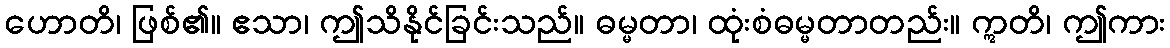
ဟောတိ၊ ဖြစ်၏။ ဧသာ၊ ဤသိနိုင်ခြင်းသည်။ ဓမ္မတာ၊ ထုံးစံဓမ္မတာတည်း။ ဣတိ၊ ဤကား